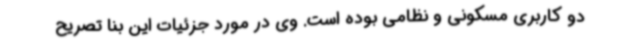
دو کاربری مسکونی و نظامی بوده است. وی در مورد جزئیات این بنا تصریح